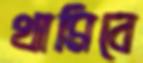
থামিবে